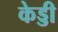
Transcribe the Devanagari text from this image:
केड्डी